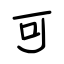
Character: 可